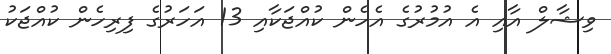
ވިޝާލް އާއި އެ އުމުރުގެ އެހެން ކުއްޖަކާއި 13 އަހަރުގެ ފިރިހެން ކުއްޖަކު